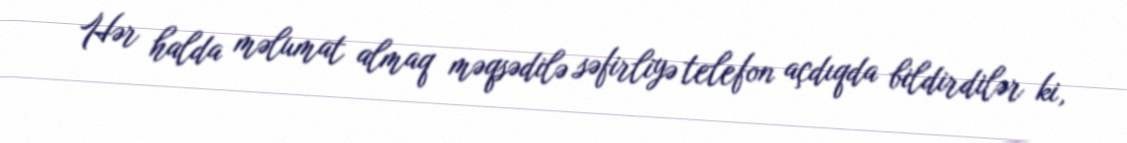
Hər halda məlumat almaq məqsədilə səfirliyə telefon açdıqda bildirdilər ki,